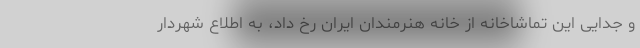
و جدایی این تماشاخانه از خانه هنرمندان ایران رخ داد، به اطلاع شهردار